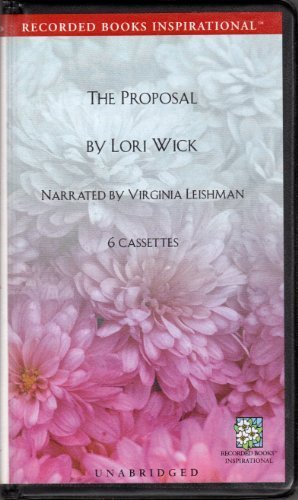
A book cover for The Proposal; Lori Wick; Crafts, Hobbies & Home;